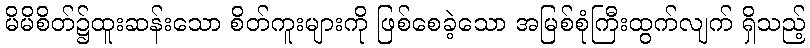
မိမိစိတ်၌ထူးဆန်းသော စိတ်ကူးများကို ဖြစ်စေခဲ့သော အမြစ်စုံကြီးထွက်လျက် ရှိသည့်